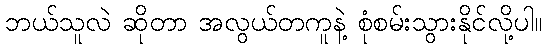
ဘယ်သူလဲ ဆိုတာ အလွယ်တကူနဲ့ စုံစမ်းသွားနိုင်လို့ပါ။